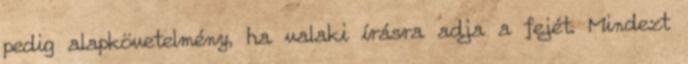
pedig alapkövetelmény, ha valaki írásra adja a fejét. Mindezt